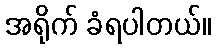
အရိုက် ခံရပါတယ်။